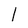
Character: l